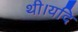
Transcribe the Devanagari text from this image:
थी।यदि